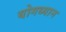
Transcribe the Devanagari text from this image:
योगध्‍यान